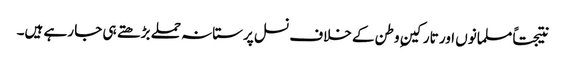
نتیجتاً مسلمانوں اور تارکینِ وطن کے خلاف نسل پرستانہ حملے بڑھتے ہی جا رہے ہیں۔